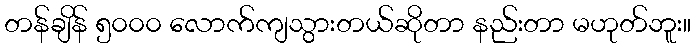
တန်ချိန် ၅၀၀၀ လောက်ကျသွားတယ်ဆိုတာ နည်းတာ မဟုတ်ဘူး။